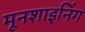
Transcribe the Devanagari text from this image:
मूनशाइनिंग